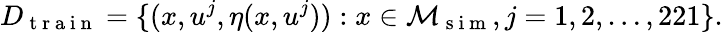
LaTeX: D_{\mathrm{~t~r~a~i~n~}}=\{ (x,u^{j},\eta(x,u^{j})):x\in\mathcal{M}_{\mathrm{~s~i~m~}},j=1,2,\ldots,221\} .